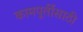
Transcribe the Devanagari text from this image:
कामपूर्तीसाठी